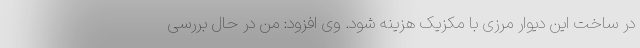
در ساخت این دیوار مرزی با مکزیک هزینه شود. وی افزود: من در حال بررسی